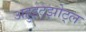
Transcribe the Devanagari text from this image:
अहुइट्झोट्ल